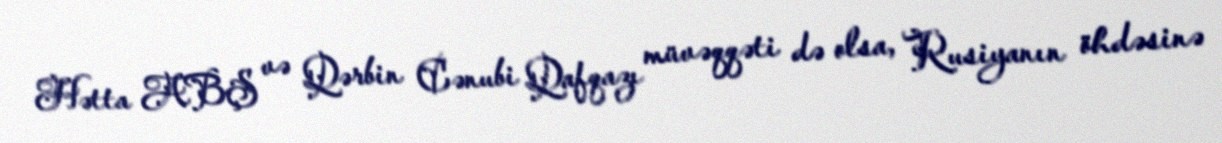
Hətta ABŞ və Qərbin Cənubi Qafqazı müvəqqəti də olsa, Rusiyanın öhdəsinə